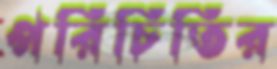
পরিচিতির